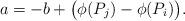
LaTeX: \begin{align*} a = - b + \big(\phi(P_j)-\phi(P_i)\big).\end{align*}